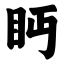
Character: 眄